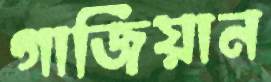
গার্জিয়ান